Report on the lunatic asylums under the Government of Bombay - 1904-1913
Year: 1904
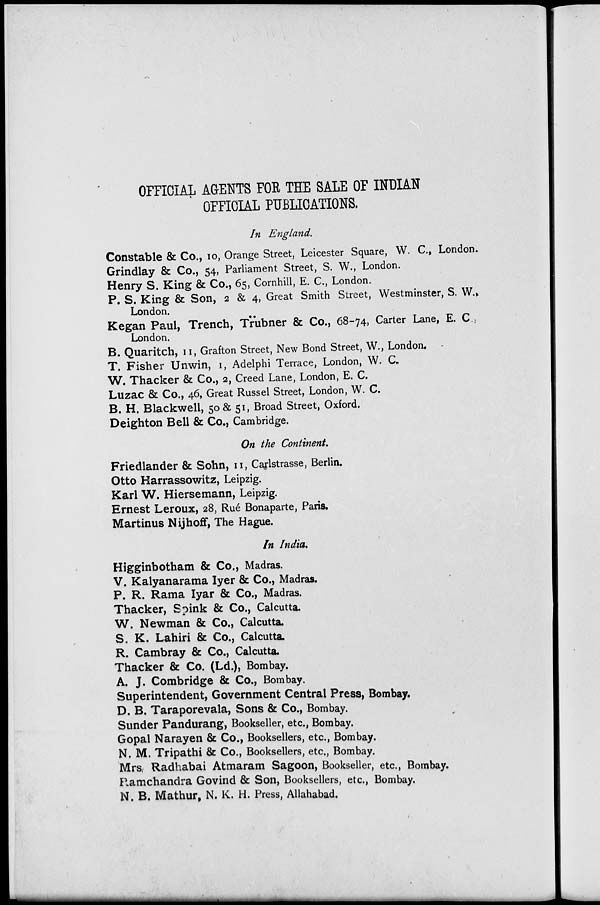
OFFICIAL AGENTS FOR THE SALE OF INDIAN
OFFICIAL PUBLICATIONS.
In England.
Constable & Co., 10, Orange Street, Leicester Square, W. C., London.
Grindlay & Co., 54, Parliament Street, S. W., London.
Henry S. King & Co., 65, Cornhill, E. C., London.
P. S. King & Son, 2 & 4, Great Smith Street, Westminster, S. W.,
London.
Kegan Paul, Trench, Trubner & Co., 68-74, Carter Lane, E. C.,
London.
B. Quaritch, 11, Grafton Street, New Bond Street, W., London.
T. Fisher Unwin, 1, Adelphi Terrace, London, W. C.
W. Thacker & Co., 2, Creed Lane, London, E. C.
Luzac & Co., 46, Great Russel Street, London, W. C.
B. H. Blackwell, 50 & 51, Broad Street, Oxford.
Deighton Bell & Co., Cambridge.
On the Continent.
Friedlander & Sohn, 11, Carlstrasse, Berlin.
Otto Harrassowitz, Leipzig.
Karl W. Hiersemann, Leipzig.
Ernest Leroux, 28, Rué Bonaparte, Paris.
Martinus Nijhoff, The Hague.
In India.
Higginbotham & Co., Madras.
V. Kalyanarama Iyer & Co., Madras.
P. R. Rama Iyar & Co., Madras.
Thacker, Spink & Co., Calcutta.
W. Newman & Co., Calcutta.
S. K. Lahiri & Co., Calcutta.
R. Cambray & Co., Calcutta.
Thacker & Co. (Ld.), Bombay.
A. J. Combridge & Co., Bombay.
Superintendent, Government Central Press, Bombay.
D. B. Taraporevala, Sons & Co., Bombay.
Sunder Pandurang, Bookseller, etc., Bombay.
Gopal Narayen & Co., Booksellers, etc., Bombay.
N. M. Tripathi & Co., Booksellers, etc., Bombay.
Mrs. Radhabai Atmaram Sagoon, Bookseller, etc., Bombay.
Ramchandra Govind & Son, Booksellers, etc., Bombay.
N. B. Mathur, N. K. H. Press, Allahabad.